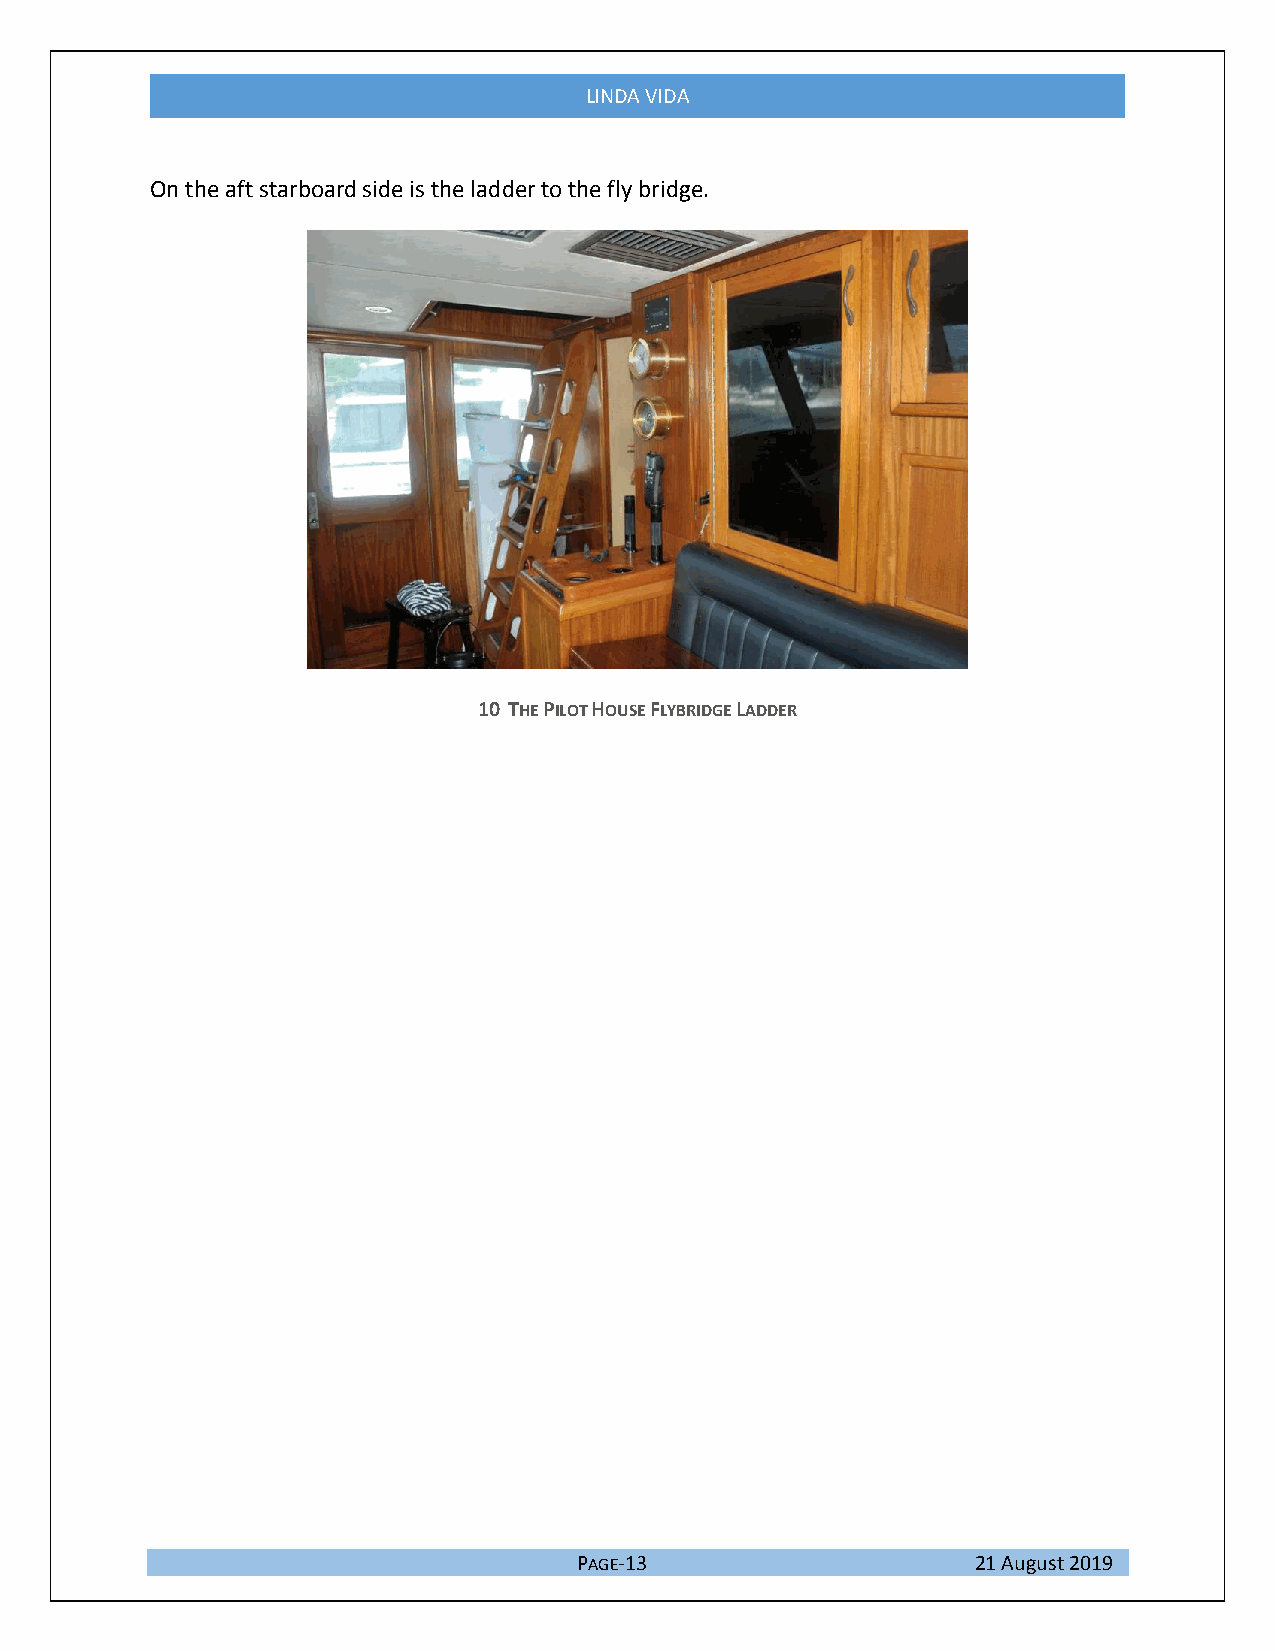
LINDA VIDA
 On the aft starboard side is the ladder to the fly bridge.
 10 THE PILOT HOUSE FLYBRIDGE LADDER
 PAGE-13                    21 August 2019